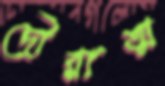
দৌরাত্ম